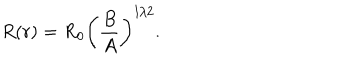
R ( r ) = R _ { 0 } \left( \frac { B } { A } \right) ^ { 1 / 2 } .